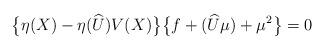
LaTeX: \begin{align*}\bigl\{\eta(X)-\eta(\widehat{U})V(X)\bigr\}\bigl\{f+(\widehat{U}\mu) +\mu^2\bigr\}=0\end{align*}